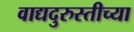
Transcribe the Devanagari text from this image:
वाद्यदुरुस्तीच्या